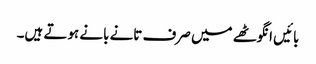
بائیں انگوٹھے میں صرف تانے بانے ہوتے ہیں۔